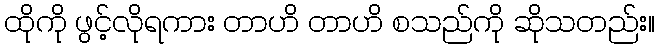
ထိုကို ဖွင့်လိုရကား တာဟိ တာဟိ စသည်ကို ဆိုသတည်း။